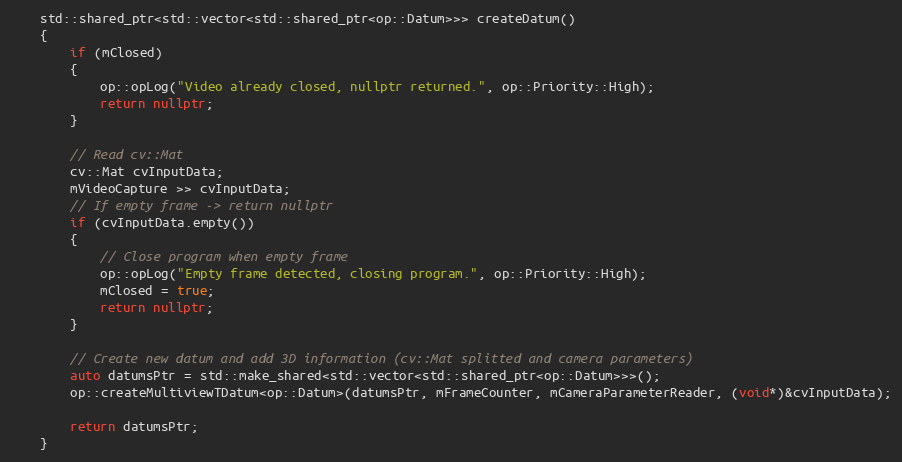
Language: C++
    std::shared_ptr<std::vector<std::shared_ptr<op::Datum>>> createDatum()
    {
        if (mClosed)
        {
            op::opLog("Video already closed, nullptr returned.", op::Priority::High);
            return nullptr;
        }

        // Read cv::Mat
        cv::Mat cvInputData;
        mVideoCapture >> cvInputData;
        // If empty frame -> return nullptr
        if (cvInputData.empty())
        {
            // Close program when empty frame
            op::opLog("Empty frame detected, closing program.", op::Priority::High);
            mClosed = true;
            return nullptr;
        }

        // Create new datum and add 3D information (cv::Mat splitted and camera parameters)
        auto datumsPtr = std::make_shared<std::vector<std::shared_ptr<op::Datum>>>();
        op::createMultiviewTDatum<op::Datum>(datumsPtr, mFrameCounter, mCameraParameterReader, (void*)&cvInputData);

        return datumsPtr;
    }